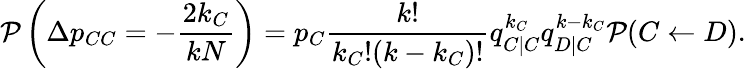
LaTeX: \mathcal{P}\left(\Delta p_{CC}=-\frac{2k_{C}}{kN}\right)=p_{C}\frac{k!}{k_{C}!(k-k_{C})!}q_{C|C}^{k_{C}}q_{D|C}^{k-k_{C}}\mathcal{P}(C\gets D).